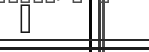
٦